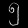
Digit: ၅